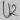
Text: U2